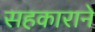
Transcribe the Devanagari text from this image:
सहकाराने